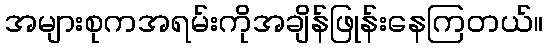
အများစုကအရမ်းကိုအချိန်ဖြုန်းနေကြတယ်။